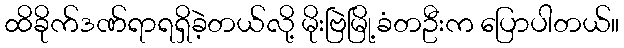
ထိခိုက်ဒဏ်ရာရရှိခဲ့တယ်လို့ မိုးဗြဲမြို့ခံတဦးက ပြောပါတယ်။